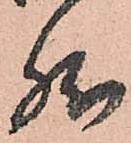
然